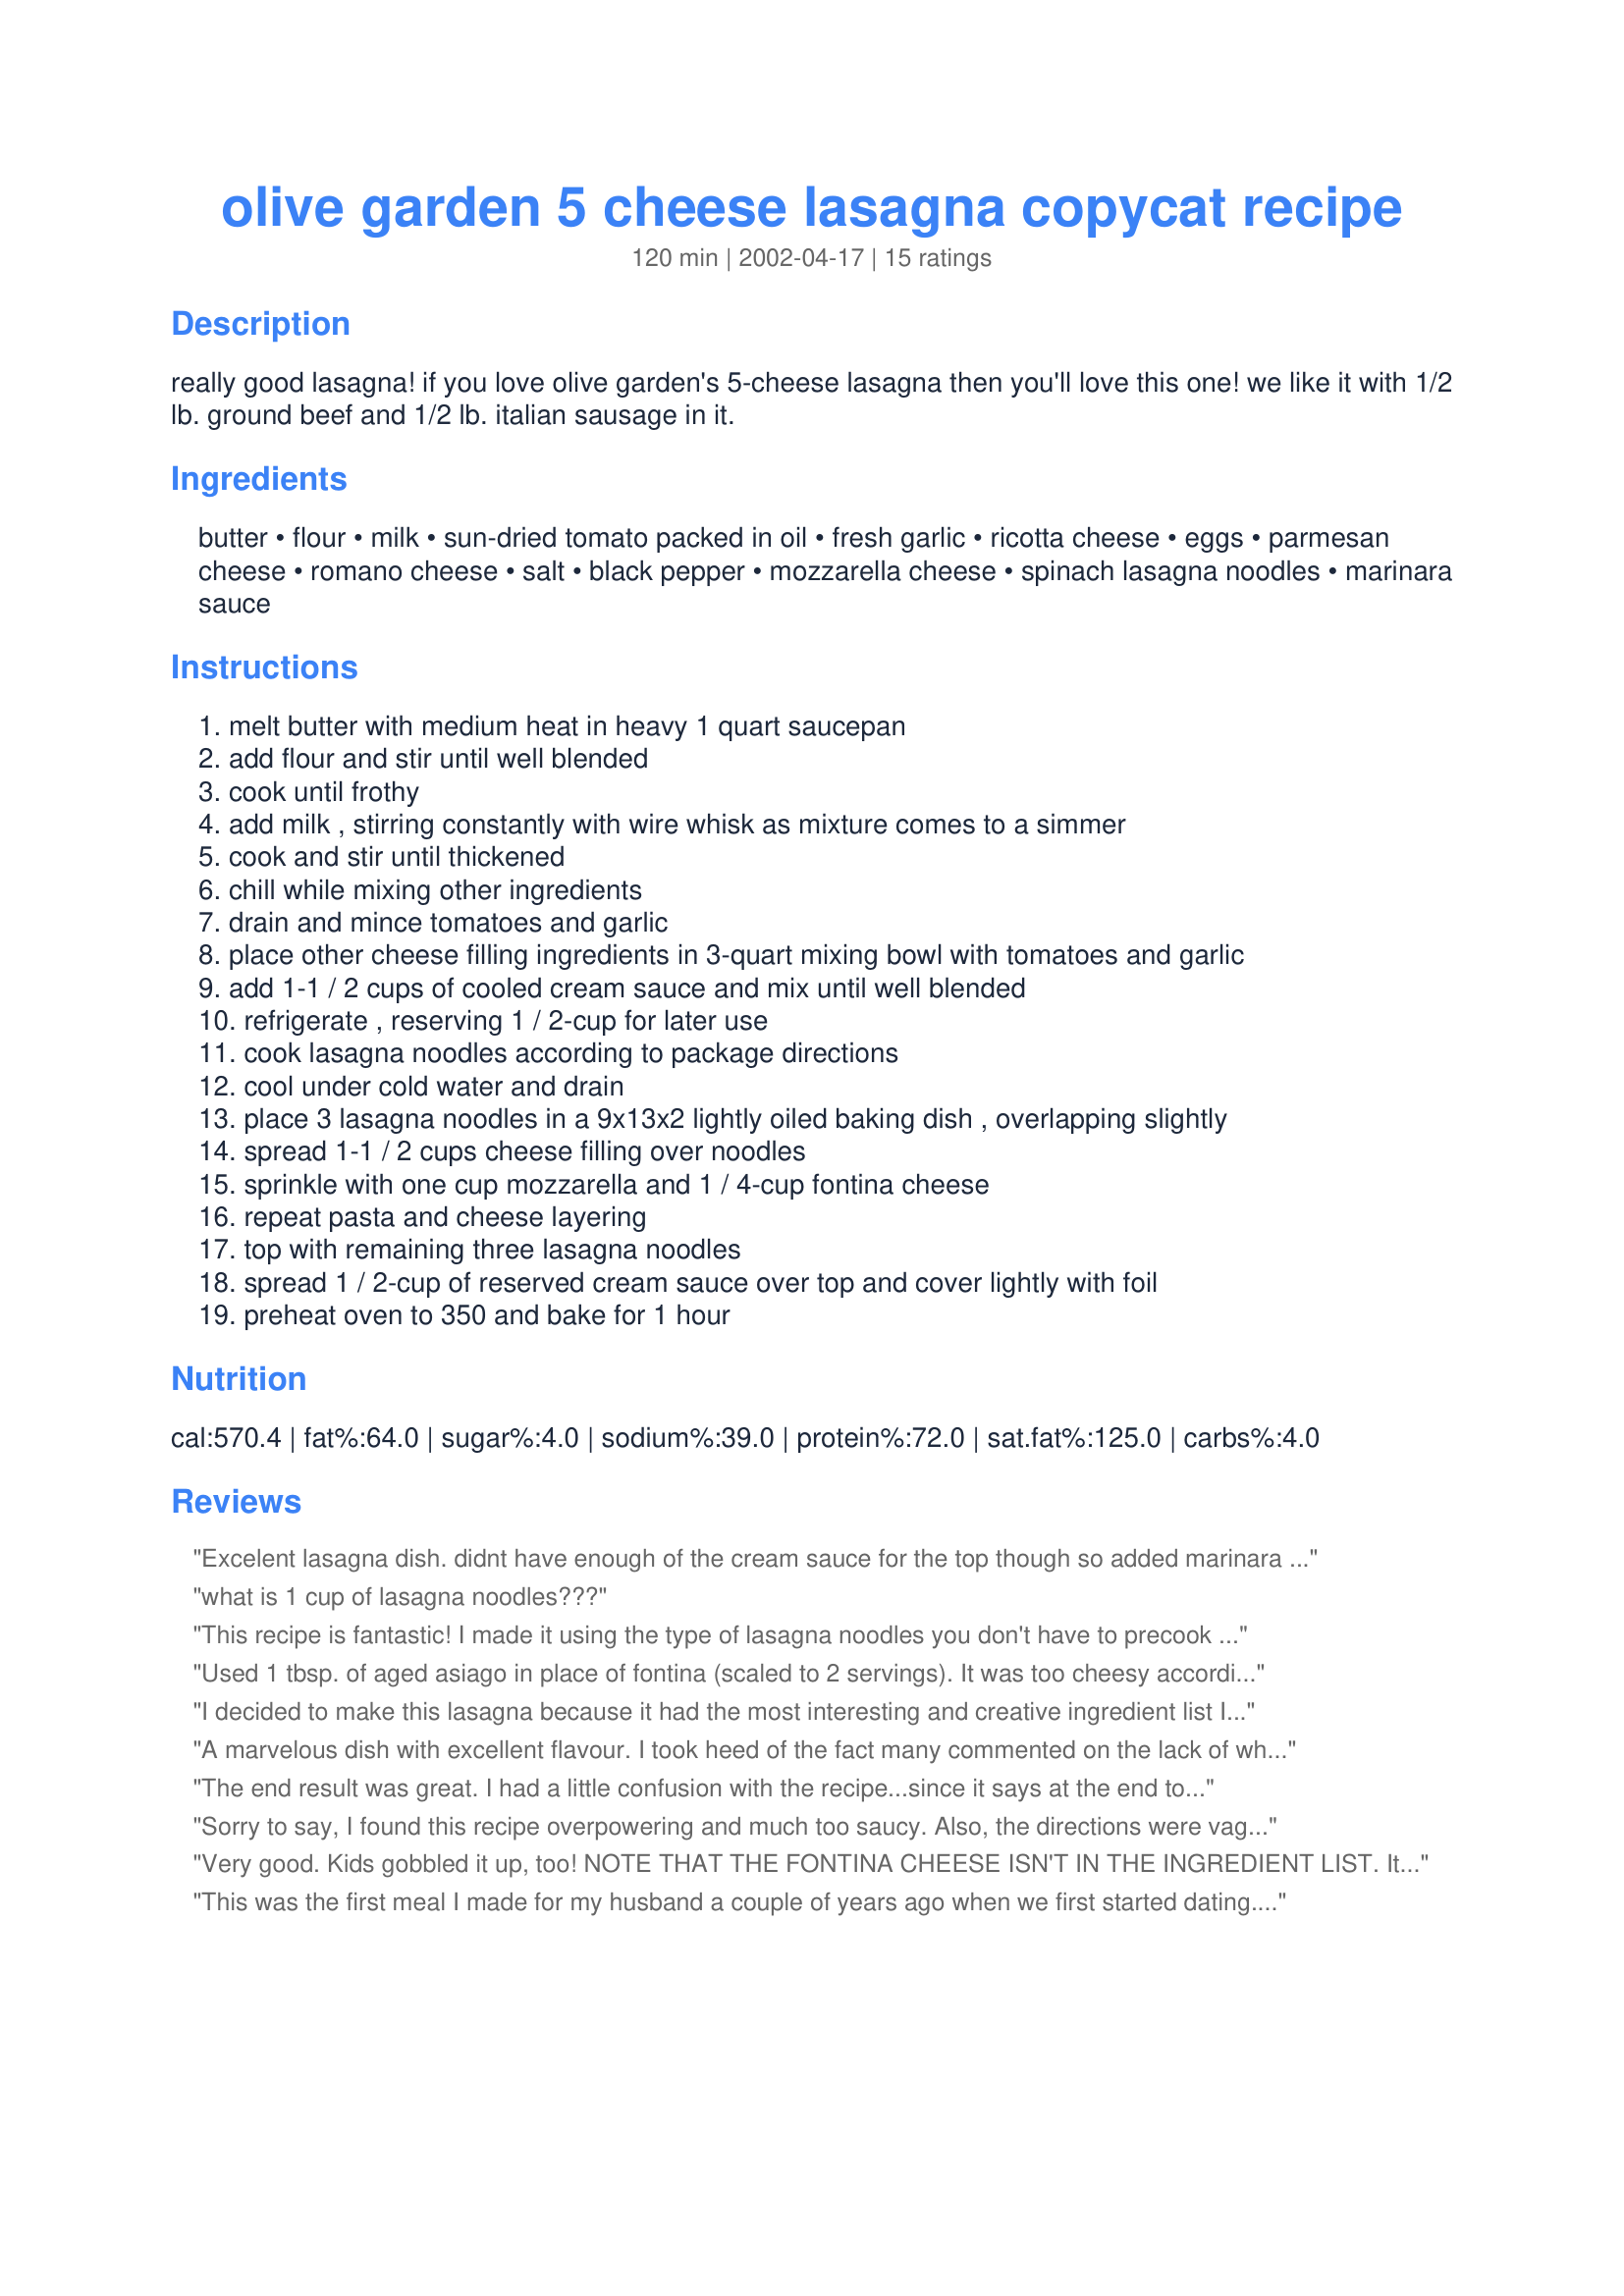
olive garden 5 cheese lasagna copycat recipe
Preparation time: 120 minutes

really good lasagna! if you love olive garden's 5-cheese lasagna then you'll love this one! we like it with 1/2 lb. ground beef and 1/2 lb. italian sausage in it.

Ingredients:
butter, flour, milk, sun-dried tomato packed in oil, fresh garlic, ricotta cheese, eggs, parmesan cheese, romano cheese, salt, black pepper, mozzarella cheese, spinach lasagna noodles, marinara sauce

Steps:
melt butter with medium heat in heavy 1 quart saucepan
add flour and stir until well blended
cook until frothy
add milk , stirring constantly with wire whisk as mixture comes to a simmer
cook and stir until thickened
chill while mixing other ingredients
drain and mince tomatoes and garlic
place other cheese filling ingredients in 3-quart mixing bowl with tomatoes and garlic
add 1-1 / 2 cups of cooled cream sauce and mix until well blended
refrigerate , reserving 1 / 2-cup for later use
cook lasagna noodles according to package directions
cool under cold water and drain
place 3 lasagna noodles in a 9x13x2 lightly oiled baking dish , overlapping slightly
spread 1-1 / 2 cups cheese filling over noodles
sprinkle with one cup mozzarella and 1 / 4-cup fontina cheese
repeat pasta and cheese layering
top with remaining three lasagna noodles
spread 1 / 2-cup of reserved cream sauce over top and cover lightly with foil
preheat oven to 350 and bake for 1 hour

Reviews:
Excelent lasagna dish. didnt have enough of the cream sauce for the top though so added marinara to the top so it didnt dry out. overall delicious.
what is 1 cup of lasagna noodles???
This recipe is fantastic! I made it using the type of lasagna noodles you don't have to precook and just doubled the cream sauce to make sure it did not dry out. It was so quick and easy this way and tasted great. If you must have meat, I would suggest you replace the marinara with a hearty meat tomato sauce, but either way this is yummy!
Used 1 tbsp. of aged asiago in place of fontina (scaled to 2 servings). It was too cheesy according to Kevin & felt it could have had some chicken possibly to through off the extreme chessiness. Served with Pilsbury breadsticks.
I decided to make this lasagna because it had the most interesting and creative ingredient list I could find. I am still impressed with the ingredient selection. However, I am giving this lasagna a low rating primarily because the recipe instructions were written very poorly. It was confusing! For example, at the top it suggests adding meat (which I think is a good idea) but gives no details about where to add it. One other suggestion I have is to ADD MORE SALT, especially if you will not be using sausage. My lasagna turned out very bland due to lack of salt/flavor.
A marvelous dish with excellent flavour. I took heed of the fact many commented on the lack of white sauce and doubled the recipe. I had just enough. This will become a special treat in my house. I found another recipe site with this recipe and found that the recipe calls for 1 1/2 cups of fontina to be devided evenly and spread between the layers of the lasagna with mozzarella. http://www.grouprecipes.com/35633/olive-garden-5-cheese-lasagna.html. I only gave it 4 instead of 5 stars because in my heart healthy home this recipe is going to be a once in a while dish.
The end result was great. I had a little confusion with the recipe...since it says at the end to add fontina cheese, which was not in the ingredients list. Also, the recipe calls for 4 C of Mozzarella, but only mentions using 2 C in the directions. I just sprinkled the remaining on top. I was also unsure how to add the meats, so I just mixed the cooked sausage and beef with the cheese filling. After cooking 1 hr, the mozzarella was still white, so I put on the broiler until the cheese was browned on top. YUM!
Sorry to say, I found this recipe overpowering and much too saucy. Also, the directions were vague at points and included references to ingredients not listed. If I were a better cook, I might have been able to overcome or anticipate these problems but, alas, I know my limitation. From other reviews though, I think many people like this dish.
Very good. Kids gobbled it up, too! NOTE THAT THE FONTINA CHEESE ISN'T IN THE INGREDIENT LIST. It was delicious even without! :) Thanks for sharing!
This was the first meal I made for my husband a couple of years ago when we first started dating. I think that was the night he decided I was "the one!" This dish is alot of work, but very well worth it.
Very good lasagna!! This is the best sauce ever, I use it for other pasta dishes as well.
Wowie...I am not good at making lasagna(as easy as it is), mine always seems like it is missing something. This lasagna was easy to make and very very delicious. I just love Olive Garden food. I have never had their 5 cheese lasagna, however this was great and had a familiar Olive Garden taste to it. I omitted ricotta cheese as we dont care for it too much in my house. I used mozzarella cheese, provolone cheese and kraft parmesan cheese, and I sauced the bottom of the pan and the top of the noodles.I used all the vechimel sauce for the filling. End result was wonderful..I think the next time I will include meat.I will make this over and over again. Thanks so much for this recipe
This was one of the most distinguished and satisfying lasagnas I have had. The variety of cheeses combined with a stove-top cream come together in a flavorful burst of palate-pleasing surprises!

The actual prep time and cook time of this recipe was far easier than I had expected and the ingredients should all be readily available anywhere.

I chose to omit the marina sauce and just go for a cheese lasagna with only the sun dried tomatos. However, a few of my guests adore marina, so all I did was serve a side bowl of marina sauce with the lasagna and those who desired the marina could simply drizzle their servings.

A wonderful recipe. Thanks so much!
This lasagna was excellent. I used my homeade sauce on top of the lasagna with some of the cream sauce also. On the bottom layer I used 1 lb. of hot sausage. the next layer i used the ricotta cheese mixture and the mozz. cheese on the top layer. It was very good. Thanks
This took me forever to make and turned out a bit too cheesy. The directions were a little confusing, as mentioned, too. The 5-star rating threw me off a little..
